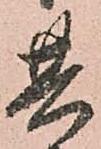
其